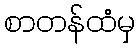
စာတန်ထံမှ